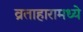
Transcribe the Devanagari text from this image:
व्रताहारामध्ये